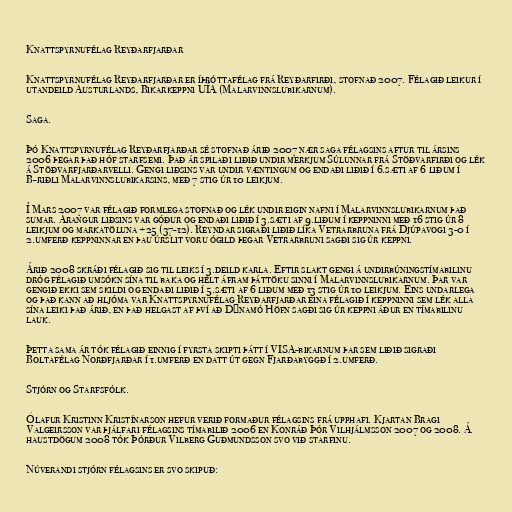
Knattspyrnufélag Reyðarfjarðar

Knattspyrnufélag Reyðarfjarðar er íþróttafélag frá Reyðarfirði, stofnað 2007. Félagið leikur í
utandeild Austurlands, Bikarkeppni UÍA (Malarvinnslubikarnum).

Saga.

Þó Knattspyrnufélag Reyðarfjarðar sé stofnað árið 2007 nær saga félagsins aftur til ársins
2006 þegar það hóf starfsemi. Það ár spilaði liðið undir merkjum Súlunnar frá Stöðvarfirði og lék
á Stöðvarfjarðarvelli. Gengi liðsins var undir væntingum og endaði liðið í 6.sæti af 6 liðum í
B-riðli Malarvinnslubikarsins, með 7 stig úr 10 leikjum.

Í Mars 2007 var félagið formlega stofnað og lék undir eigin nafni í Malarvinnslubikarnum það
sumar. Árangur liðsins var góður og endaði liðið í 3.sæti af 9.liðum í keppninni með 16 stig úr 8
leikjum og markatöluna +25 (37-12). Reyndar sigraði liðið líka Vetrarbruna frá Djúpavogi 3-0 í
2.umferð keppninnar en þau úrslit voru ógild þegar Vetrarbruni sagði sig úr keppni.

Árið 2008 skráði félagið sig til leiks í 3.deild karla. Eftir slakt gengi á undirbúningstímabilinu
dróg félagið umsókn sína til baka og hélt áfram þáttöku sinni í Malarvinnslubikarnum. Þar var
gengið ekki sem skildi og endaði liðið í 5.sæti af 6 liðum með 13 stig úr 10 leikjum. Eins undarlega
og það kann að hljóma var Knattspyrnufélag Reyðarfjarðar eina félagið í keppninni sem lék alla
sína leiki það árið, en það helgast af því að Dýnamó Höfn sagði sig úr keppni áður en tímabilinu
lauk.

Þetta sama ár tók félagið einnig í fyrsta skipti þátt í VISA-bikarnum þar sem liðið sigraði
Boltafélag Norðfjarðar í 1.umferð en datt út gegn Fjarðabyggð í 2.umferð.

Stjórn og Starfsfólk.

Ólafur Kristinn Kristínarson hefur verið formaður félagsins frá upphafi. Kjartan Bragi
Valgeirsson var þjálfari félagsins tímabilið 2006 en Konráð Þór Vilhjálmsson 2007 og 2008. Á
haustdögum 2008 tók Þórður Vilberg Guðmundsson svo við starfinu.

Núverandi stjórn félagsins er svo skipuð: